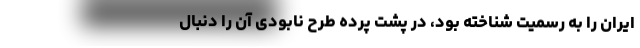
ایران را به رسمیت شناخته بود، در پشت پرده طرح نابودی آن را دنبال